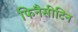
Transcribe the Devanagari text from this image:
फिनैसीटिन